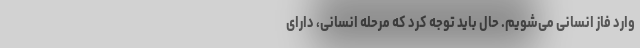
‌وارد فاز انسانی می‌شویم. حال باید توجه کرد که مرحله انسانی، دارای